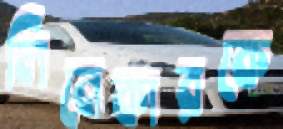
লিনেকারকে